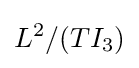
L^{2}/(TI_{3})